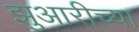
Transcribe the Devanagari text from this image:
झुआरीच्या